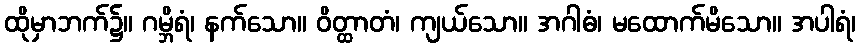
ထိုမှာဘက်၌။ ဂမ္ဘိရံ၊ နက်သော။ ဝိတ္ထာတံ၊ ကျယ်သော။ အဂါဓံ၊ မထောက်မိသော။ အပါရံ၊